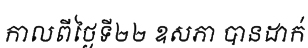
កាលពីថ្ងៃទី២២ ឧសភា បានដាក់